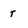
Character: t